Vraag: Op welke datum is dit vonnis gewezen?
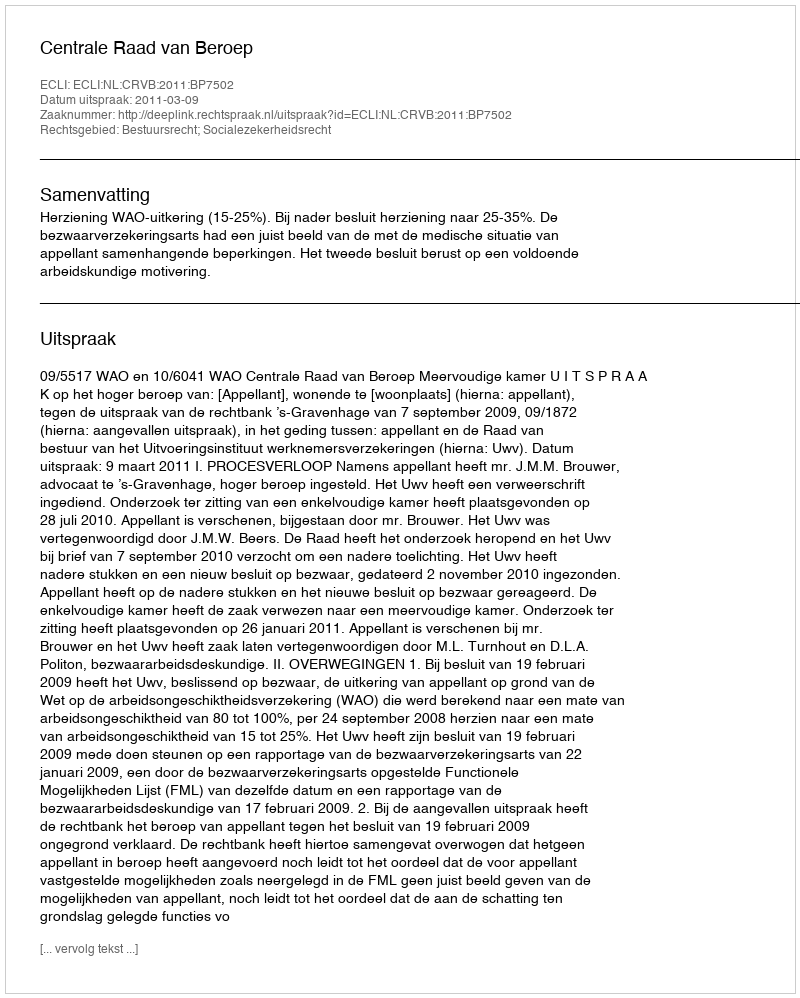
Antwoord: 2011-03-09